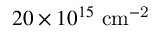
2 0 \times 1 0 ^ { 1 5 } \ \mathrm { c m ^ { - 2 } }